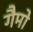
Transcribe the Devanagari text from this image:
गैमो